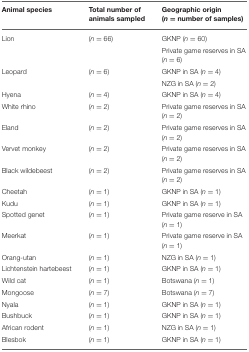
<table><thead><tr><td><b>Animal species</b></td><td><b>Total number of animals sampled</b></td><td><b>Geographic origin (<i>n</i> = number of samples)</b></td></tr></thead><tbody><tr><td>Lion</td><td>(<i>n</i> = 66)</td><td>GKNP (<i>n</i> = 60)</td></tr><tr><td></td><td></td><td>Private game reserves in SA (<i>n</i> = 6)</td></tr><tr><td>Leopard</td><td>(<i>n</i> = 6)</td><td>GKNP in SA (<i>n</i> = 4)</td></tr><tr><td></td><td></td><td>NZG in SA (<i>n</i> = 2)</td></tr><tr><td>Hyena</td><td>(<i>n</i> = 4)</td><td>GKNP in SA (<i>n</i> = 4)</td></tr><tr><td>White rhino</td><td>(<i>n</i> = 2)</td><td>Private game reserves in SA (<i>n</i> = 2)</td></tr><tr><td>Eland</td><td>(<i>n</i> = 2)</td><td>Private game reserves in SA (<i>n</i> = 2)</td></tr><tr><td>Vervet monkey</td><td>(<i>n</i> = 2)</td><td>Private game reserves in SA (<i>n</i> = 2)</td></tr><tr><td>Black wildebeest</td><td>(<i>n</i> = 2)</td><td>Private game reserves in SA (<i>n</i> = 2)</td></tr><tr><td>Cheetah</td><td>(<i>n</i> = 1)</td><td>GKNP in SA (<i>n</i> = 1)</td></tr><tr><td>Kudu</td><td>(<i>n</i> = 1)</td><td>GKNP in SA (<i>n</i> = 1)</td></tr><tr><td>Spotted genet</td><td>(<i>n</i> = 1)</td><td>Private game reserve in SA (<i>n</i> = 1)</td></tr><tr><td>Meerkat</td><td>(<i>n</i> = 1)</td><td>Private game reserve in SA (<i>n</i> = 1)</td></tr><tr><td>Orang-utan</td><td>(<i>n</i> = 1)</td><td>NZG in SA (<i>n</i> = 1)</td></tr><tr><td>Lichtenstein hartebeest</td><td>(<i>n</i> = 1)</td><td>GKNP in SA (<i>n</i> = 1)</td></tr><tr><td>Wild cat</td><td>(<i>n</i> = 1)</td><td>Botswana (<i>n</i> = 1)</td></tr><tr><td>Mongoose</td><td>(<i>n</i> = 7)</td><td>Botswana (<i>n</i> = 7)</td></tr><tr><td>Nyala</td><td>(<i>n</i> = 1)</td><td>GKNP in SA (<i>n</i> = 1)</td></tr><tr><td>Bushbuck</td><td>(<i>n</i> = 1)</td><td>GKNP in SA (<i>n</i> = 1)</td></tr><tr><td>African rodent</td><td>(<i>n</i> = 1)</td><td>NZG in SA (<i>n</i> = 1)</td></tr><tr><td>Blesbok</td><td>(<i>n</i> = 1)</td><td>GKNP in SA (<i>n</i> = 1)</td></tr></tbody></table>